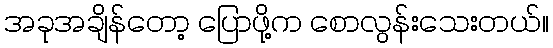
အခုအချိန်တော့ ပြောဖို့က စောလွန်းသေးတယ်။